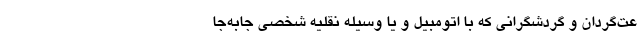
عت‌گردان و گردشگرانی که با اتومبیل و یا وسیله نقلیه شخصی جابه‌جا